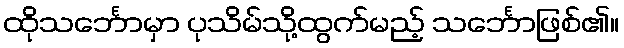
ထိုသင်္ဘောမှာ ပုသိမ်သို့ထွက်မည့် သင်္ဘောဖြစ်၏။